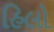
હિલો